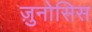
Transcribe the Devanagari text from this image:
ज़ुनोसिस